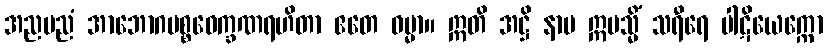
အညမညံ အာဘောဂပစ္စဝေက္ခဏရဟိတာ ဧတေ ဓမ္မာ။ ဣတိ အဋ္ဌိ နာမ ဣမသ္မိံ သရီရေ ပါဋိယေက္ကော